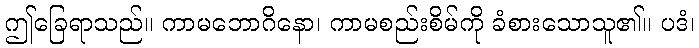
ဤခြေရာသည်။ ကာမဘောဂိနော၊ ကာမစည်းစိမ်ကို ခံစားသောသူ၏။ ပဒံ၊